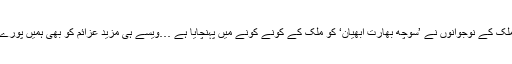
جس طرح کاشی اور ملک کے نوجوانوں نے ’سوچھ بھارت ابھیان‘ کو ملک کے کونے کونے میں پہنچایا ہے …ویسے ہی مزید عزائم کو بھی ہمیں پورے ملک میں پہنچانا ہے۔